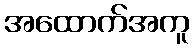
အထောက်အကူ